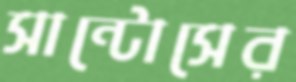
সান্টোসের